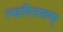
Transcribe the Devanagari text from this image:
त्वरिततम्